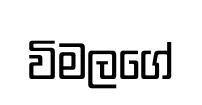
විමලගේ